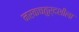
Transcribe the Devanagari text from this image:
नरकचतुर्दशीला